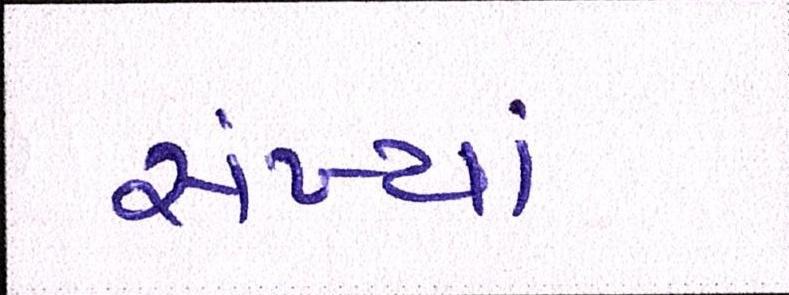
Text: સંખ્યાં